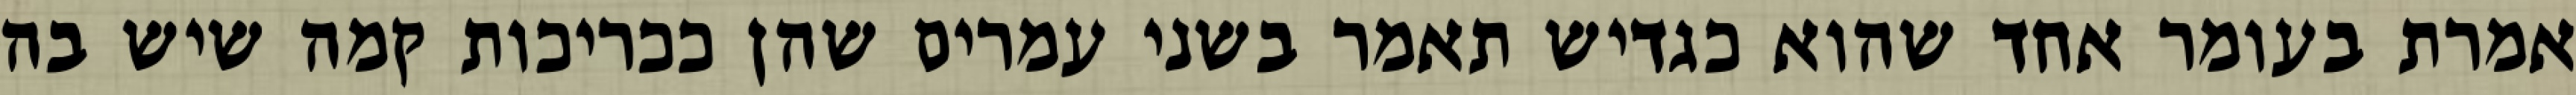
אמרת בעומר אחד שהוא כגדיש תאמר בשני עמרים שהן ככריכות קמה שיש בה